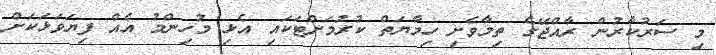
މި ސަރުކާރުން ރާއްޖޭގެ ތިމާވެށި ހިމާޔަތް ކުރުމަށްޓަކައި އެޅި މުހިންމު އެއް ފިޔަވަޅަކަށް